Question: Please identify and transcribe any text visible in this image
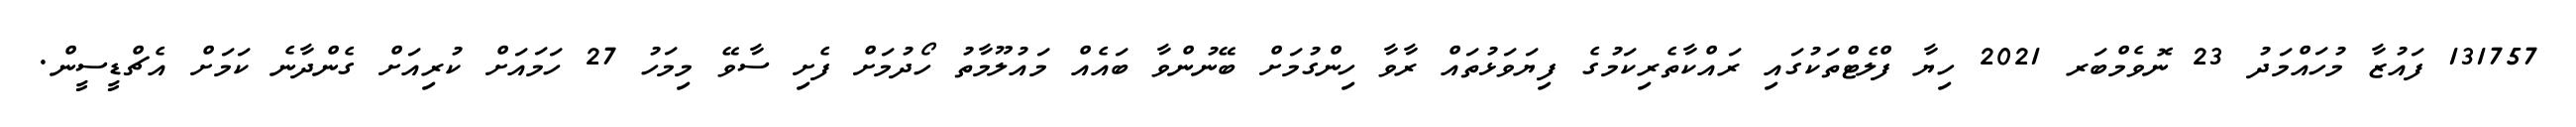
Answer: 131757 ފައުޒާ މުހައްމަދު 23 ނޮވެމްބަރ 2021 ހިޔާ ފްލެޓްތަކުގައި ރައްކާތެރިކަމުގެ ފިޔަވަޅުތައް ރާވާ ހިންގުމަށް ބޭނުންވާ ބައެއް މައުލޫމާތު ހޯދުމަށް ފެށި ސާވޭ މިމަހު 27 ހަމައަށް ކުރިއަށް ގެންދާނެ ކަމަށް އެޗްޑީސީން.